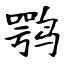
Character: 鹗